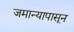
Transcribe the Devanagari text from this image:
जमान्यापासून